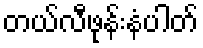
တယ်လီဖုန်းနံပါတ်